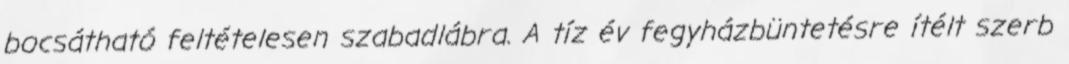
bocsátható feltételesen szabadlábra. A tíz év fegyházbüntetésre ítélt szerb